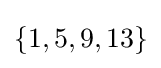
\{1,5,9,13\}